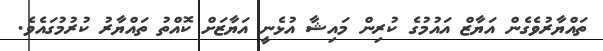
ތައްޔާރުވެގެން އަޔާޒް އައުމުގެ ކުރިން މައިޝާ އުޅެނީ އަޔާޒަށް ކޮއްތު ތައްޔާރު ކުރުމުގައެވެ.